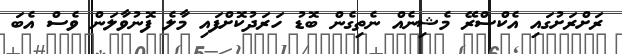
ރަށްރަށުގައި އެކްސްރޭ މެޝިނެއް ނެތިގެން ބޮޑު ހަރަދުކޮށްފައި މާލެ ފޮނުވާލަން ވެސް އެބަ